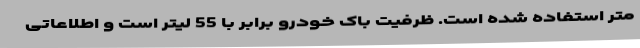
متر استفاده شده است. ظرفیت باک خودرو برابر با 55 لیتر است و اطلاعاتی